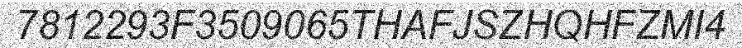
7812293F3509065THAFJSZHQHFZMI4